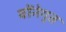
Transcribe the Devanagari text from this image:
वोंनेगुत